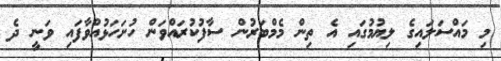
މި މައްސަލައިގެ ލިޔުމުގައި އެ ތިން މެމްބަރުން ސާފުކުރައްވަން ހުށަހަޅުއްވާފައި ވަނީ ދެ